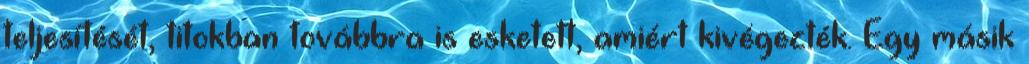
teljesítését, titokban továbbra is esketett, amiért kivégezték. Egy másik